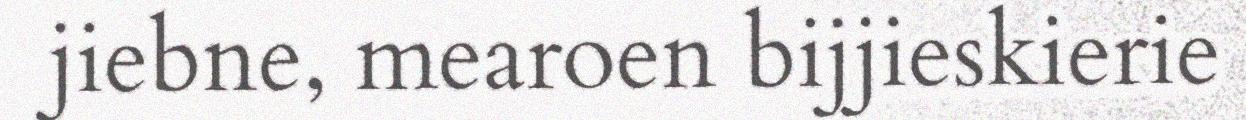
jiebne, mearoen bijjieskierie